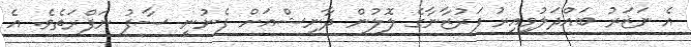
އެ ނަޒަރު ބައްދަލުވިއިރު ފަރުޒާނާގެ ލޮލުން ދާނިޝްއަށް ފެނުނީ ސާފު ނަފްރަތެވެ. އެ